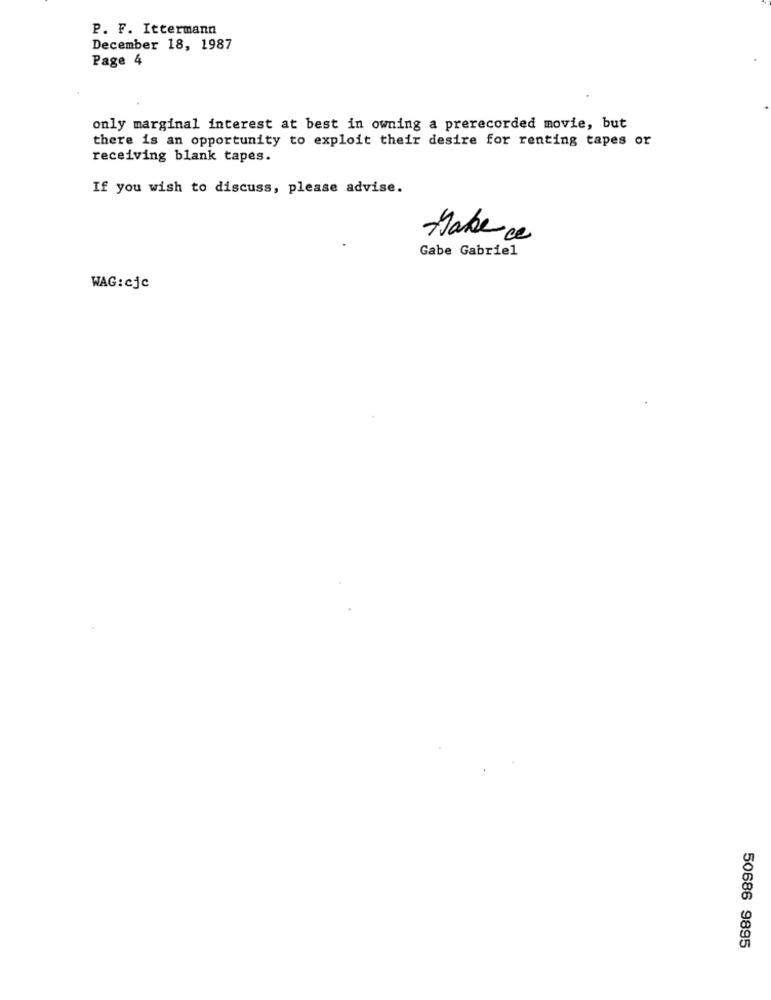
P. F. Ittermann
December 18, 1987
Page 4
only marginal interest at best in owning a prerecorded movie, but
there is an opportunity to exploit their desire for renting tapes or
receiving blank tapes.
If you wish to discuss, please advise.
Habe ce
Gabe Gabriel
WAG: cjc
50686 9895